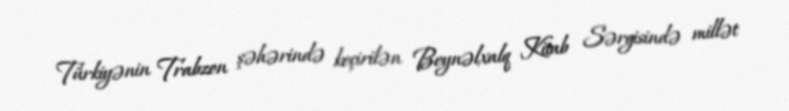
Türkiyənin Trabzon şəhərində keçirilən Beynəlxalq Kitab Sərgisində millət